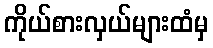
ကိုယ်စားလှယ်များထံမှ